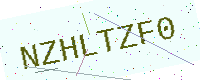
Text: NZHLTZF0